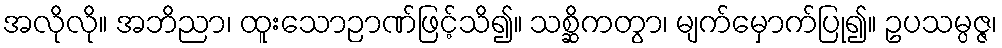
အလိုလို။ အဘိညာ၊ ထူးသောဉာဏ်ဖြင့်သိ၍။ သစ္ဆိကတွာ၊ မျက်မှောက်ပြု၍။ ဥပသမ္ပဇ္ဇ၊